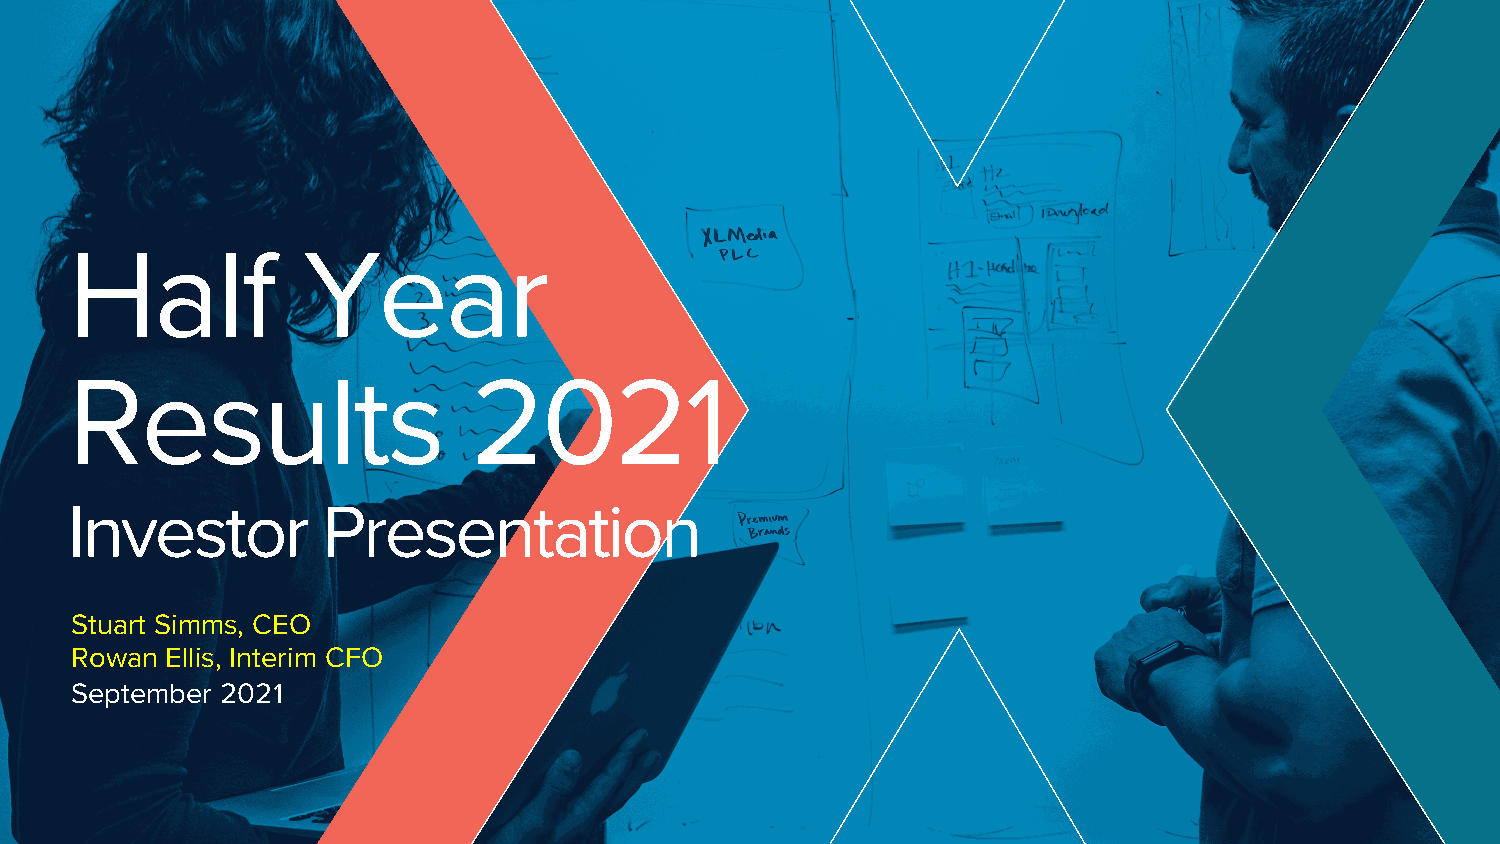
XLMedia | Privileged & Confidential
 Half           Year
 Results                   2021
 Investor        Presentation
 Stuart Simms, CEO
 Rowan Ellis, Interim CFO
 September 2021